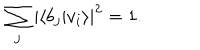
\sum _ { j } \left| \left\langle b _ { j } | v _ { i } \right\rangle \right| ^ { 2 } = 1 .